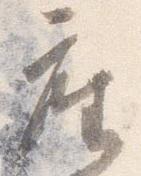
座